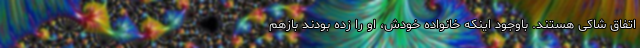
اتفاق شاکی هستند. باوجود اینکه خانواده خودش، او را زده بودند بازهم